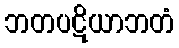
ဘတပဋိယာဘတံ